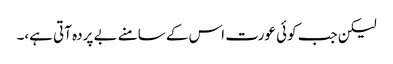
لیکن جب کوئی عورت اس کے سامنے بے پردہ آتی ہے،۔